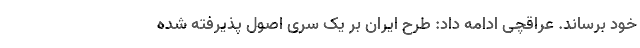
خود برساند. عراقچی ادامه داد: طرح ایران بر یک سری اصول پذیرفته شده